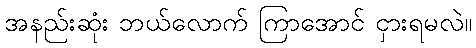
အနည်းဆုံး ဘယ်လောက် ကြာအောင် ငှားရမလဲ။